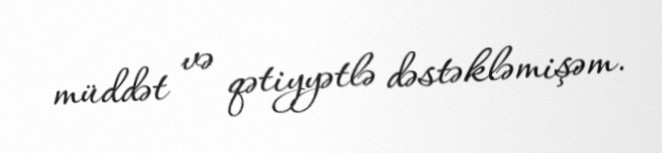
müddət və qətiyyətlə dəstəkləmişəm.